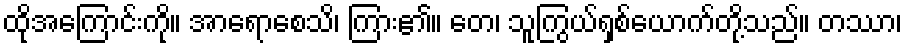
ထိုအကြောင်းကို။ အာရောစေသိ၊ ကြား၏။ တေ၊ သူကြွယ်ရှစ်ယောက်တို့သည်။ တဿာ၊